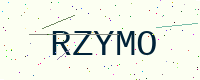
Text: RZYMO